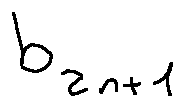
b _ { 2 n + 1 }